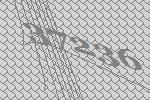
37236